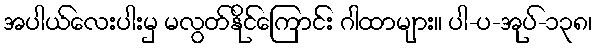
အပါယ်လေးပါးမှ မလွတ်နိုင်ကြောင်း ဂါထာများ။ ပါ-ပ-အုပ်-၁၃၈၊